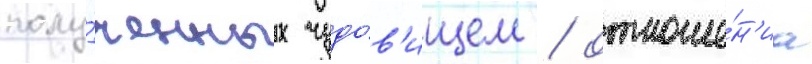
полу́ченных чудо́в'ищем / отноше́н'иа